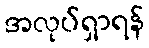
အလုပ်ရှာရန်